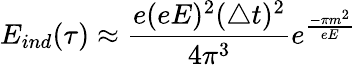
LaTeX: E_{ind}(\tau)\approx\frac{e(eE)^{2}(\triangle t)^{2}}{4\pi^{3}}e^{\frac{-\pi m^{2}}{eE}}